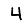
Digit: 4